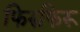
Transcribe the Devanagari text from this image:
फिरुफिरू